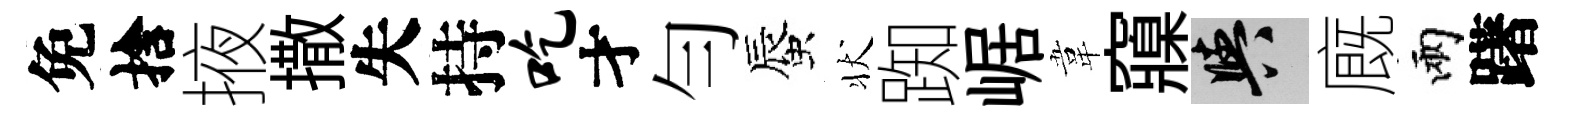
免捨掖撒失持吃才勻蜃状踟崌韋䆿阳廐兩躇